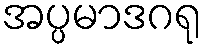
အပ္ပမာဒဂရု